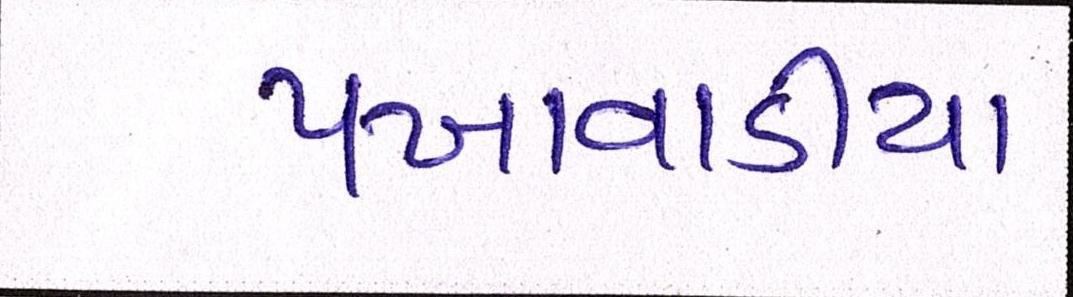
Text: પખવાડીયા